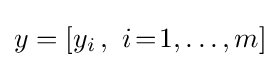
y=[y_{i}\,,~i\!=\!1,\dots ,m]